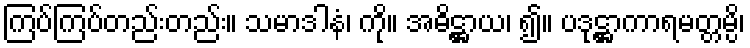
ကြပ်ကြပ်တည်းတည်း။ သမာဒါနံ၊ ကို။ အဓိဋ္ဌာယ၊ ၍။ ပဒုဋ္ဌာကာရမတ္တမ္ပိ၊